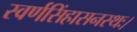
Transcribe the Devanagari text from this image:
स्वर्णसिंहासनस्थः।